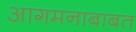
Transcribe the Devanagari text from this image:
आगमनाबाबत